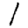
Digit: 1